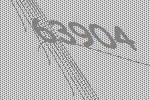
63904